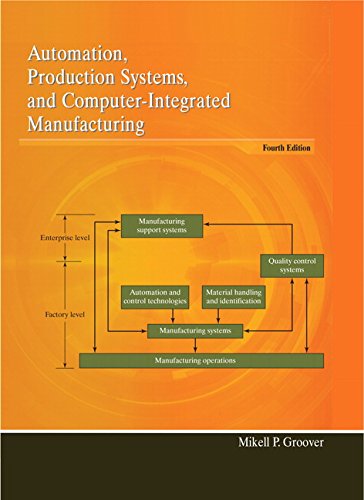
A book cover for Automation, Production Systems, and Computer-Integrated Manufacturing (4th Edition); Mikell P. Groover; Engineering & Transportation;